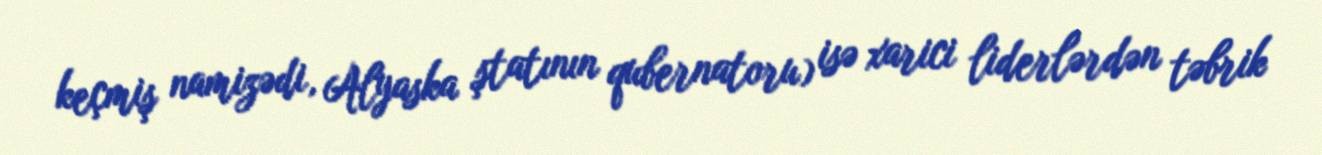
keçmiş namizədi, Alyaska ştatının qubernatoru) isə xarici liderlərdən təbrik